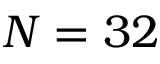
N = 3 2